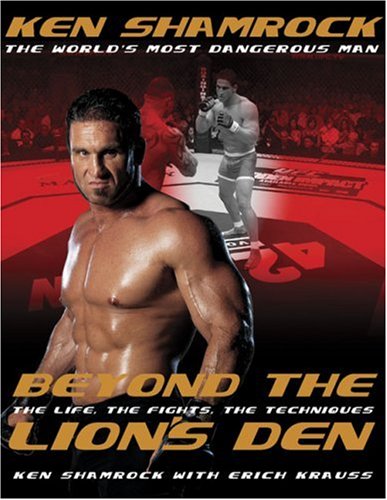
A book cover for Beyond the Lion's Den: The Life, The Fights, The Techniques; Ken Shamrock; Biographies & Memoirs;